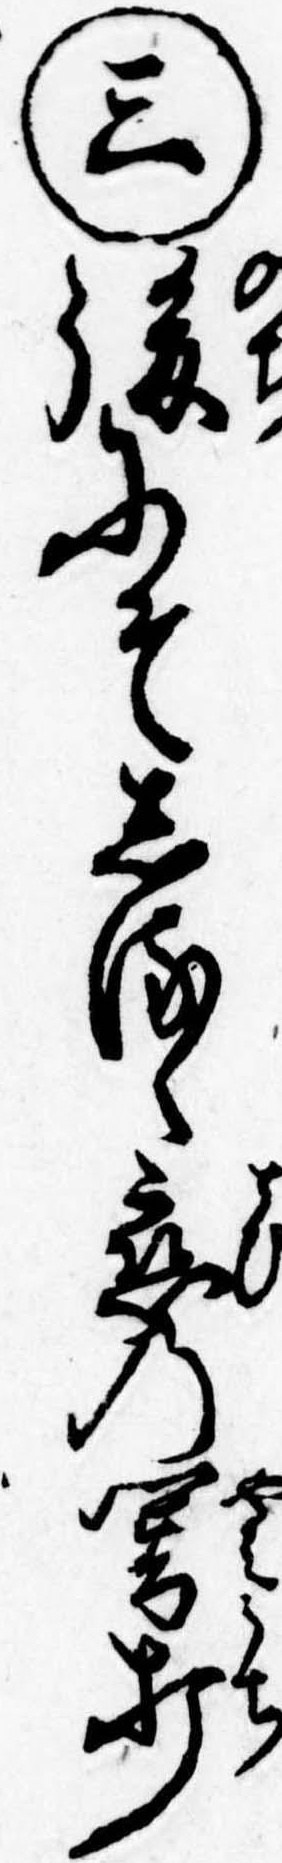
㊂後にそしるゝ恋の闇打